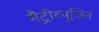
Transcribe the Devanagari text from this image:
मैट्रीब्यूजिन